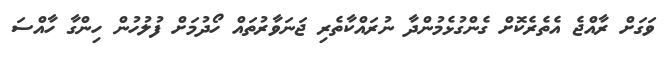
ވަގަށް ރާއްޖެ އެތެރެކޮށް ގެންގުޅެމުންދާ ނުރައްކާތެރި ޖަނަވާރުތައް ހޯދުމަށް ފުލުހުން ހިންގާ ހާއްސަ